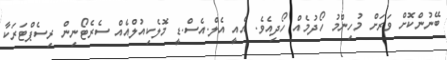
ބޭނުންކޮށް ވަރަށް މުހިންމު ހޯދުމެއް ހޯދިއެވެ. އެއީ އެލް.އެސް.ޑީ މޮލެކިއުލްއެއް ސެރެޓޯނިން ރިސެޕްޓަރަކާ